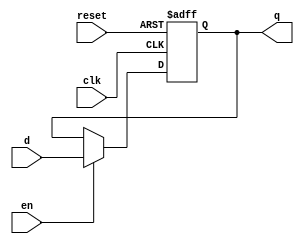
module parameterized_register #(
    parameter N = 8  // Default width of the register is 8 bits
)(
    input wire clk,       // Clock signal
    input wire reset,     // Asynchronous reset signal
    input wire [N-1:0] d, // Input data signal (N bits)
    input wire en,        // Enable signal
    output reg [N-1:0] q  // Output data signal (N bits)
);

    // Asynchronous reset and register behavior
    always @(posedge clk or posedge reset) begin
        if (reset) begin
            q <= {N{1'b0}}; // Reset output to zero (N bits)
        end else if (en) begin
            q <= d; // Capture input data if enabled
        end
        // If reset is not active and enable is low, q retains its value
    end

endmodule